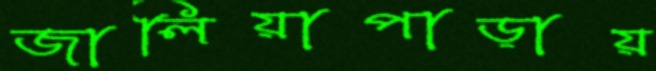
জালিয়াপাড়ায়